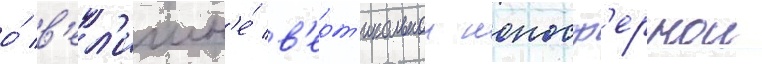
о́ в'ел'ичин'е́ в'ерт'икальнои ионосф'ернои